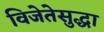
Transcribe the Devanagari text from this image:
विजेतेसुद्धा